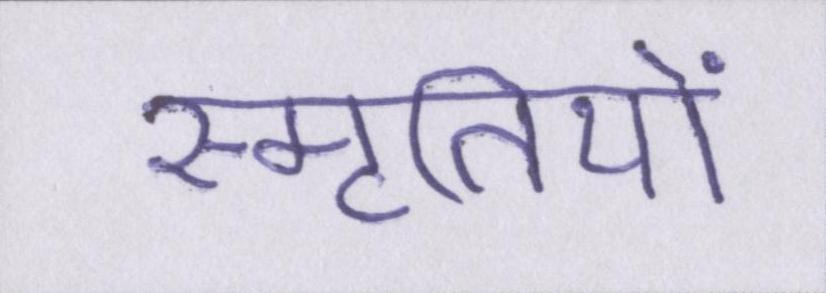
स्मृतियों